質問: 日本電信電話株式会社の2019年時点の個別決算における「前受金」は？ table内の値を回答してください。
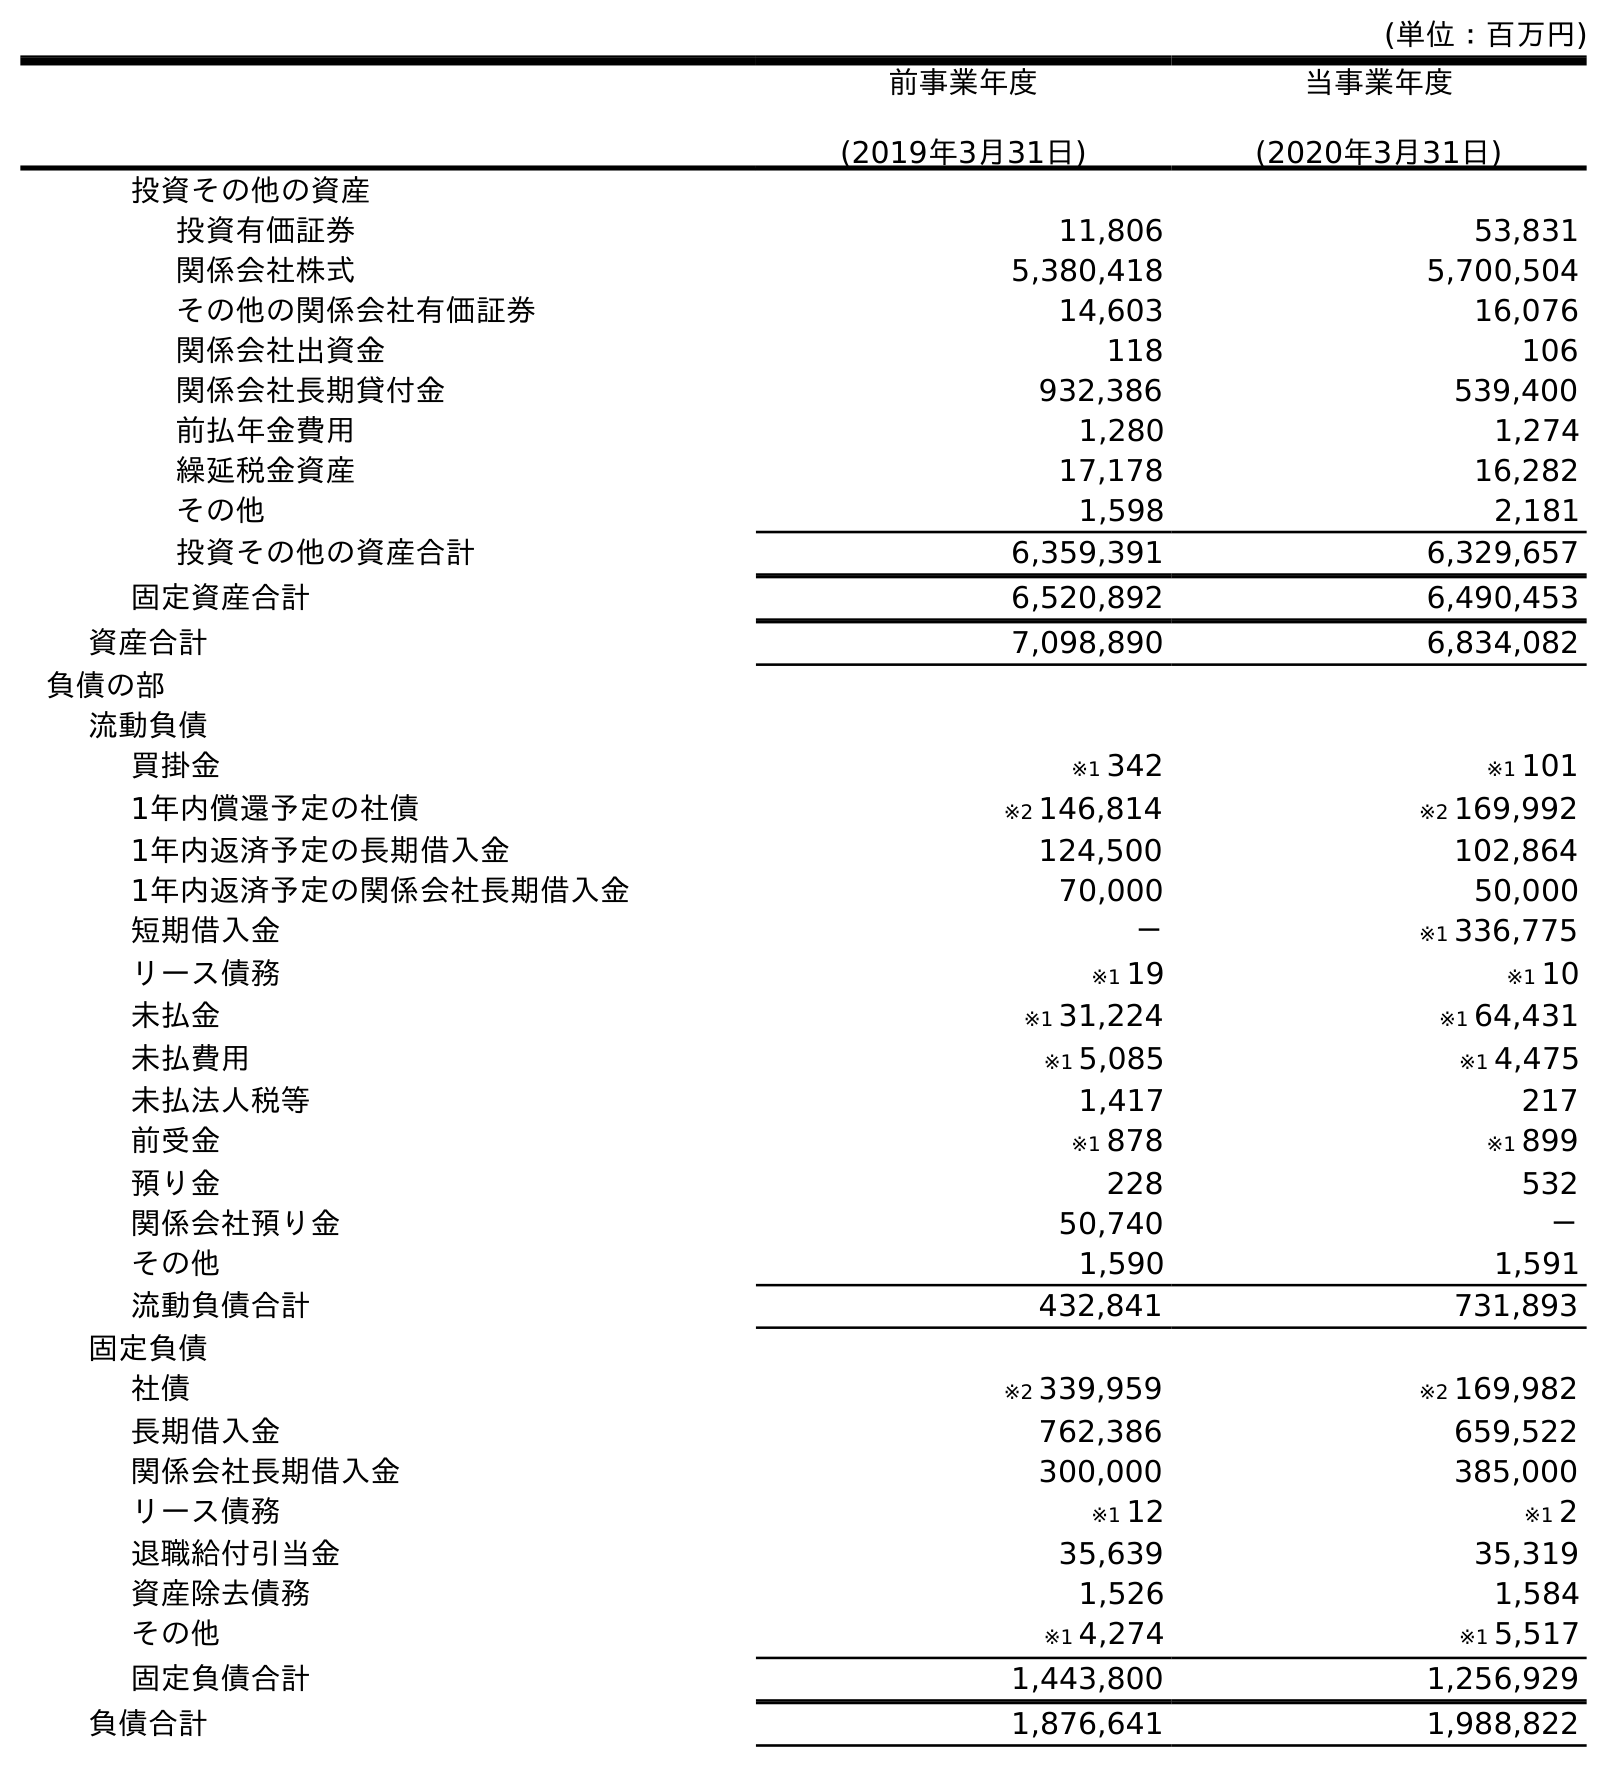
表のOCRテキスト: (単位：百万円) 前事業年度 (2019年3月31日) 当事業年度 (2020年3月31日) 投資その他の資産 投資有価証券 11,806 53,831 関係会社株式 5,380,418 5,700,504 その他の関係会社有価証券 14,603 16,076 関係会社出資金 118 106 関係会社長期貸付金 932,386 539,400 前払年金費用 1,280 1,274 繰延税金資産 17,178 16,282 その他 1,598 2,181 投資その他の資産合計 6,359,391 6,329,657 固定資産合計 6,520,892 6,490,453 資産合計 7,098,890 6,834,082 負債の部 流動負債 買掛金 ※1 342 ※1 101 1年内償還予定の社債 ※2 146,814 ※2 169,992 1年内返済予定の長期借入金 124,500 102,864 1年内返済予定の関係会社長期借入金 70,000 50,000 短期借入金 － ※1 336,775 リース債務 ※1 19 ※1 10 未払金 ※1 31,224 ※1 64,431 未払費用 ※1 5,085 ※1 4,475 未払法人税等 1,417 217 前受金 ※1 878 ※1 899 預り金 228 532 関係会社預り金 50,740 － その他 1,590 1,591 流動負債合計 432,841 731,893 固定負債 社債 ※2 339,959 ※2 169,982 長期借入金 762,386 659,522 関係会社長期借入金 300,000 385,000 リース債務 ※1 12 ※1 2 退職給付引当金 35,639 35,319 資産除去債務 1,526 1,584 その他 ※1 4,274 ※1 5,517 固定負債合計 1,443,800 1,256,929 負債合計 1,876,641 1,988,822
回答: ※1878